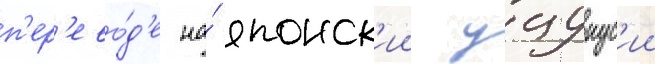
п'ер'ево́д'е на́ японск'ии уцукус'ии